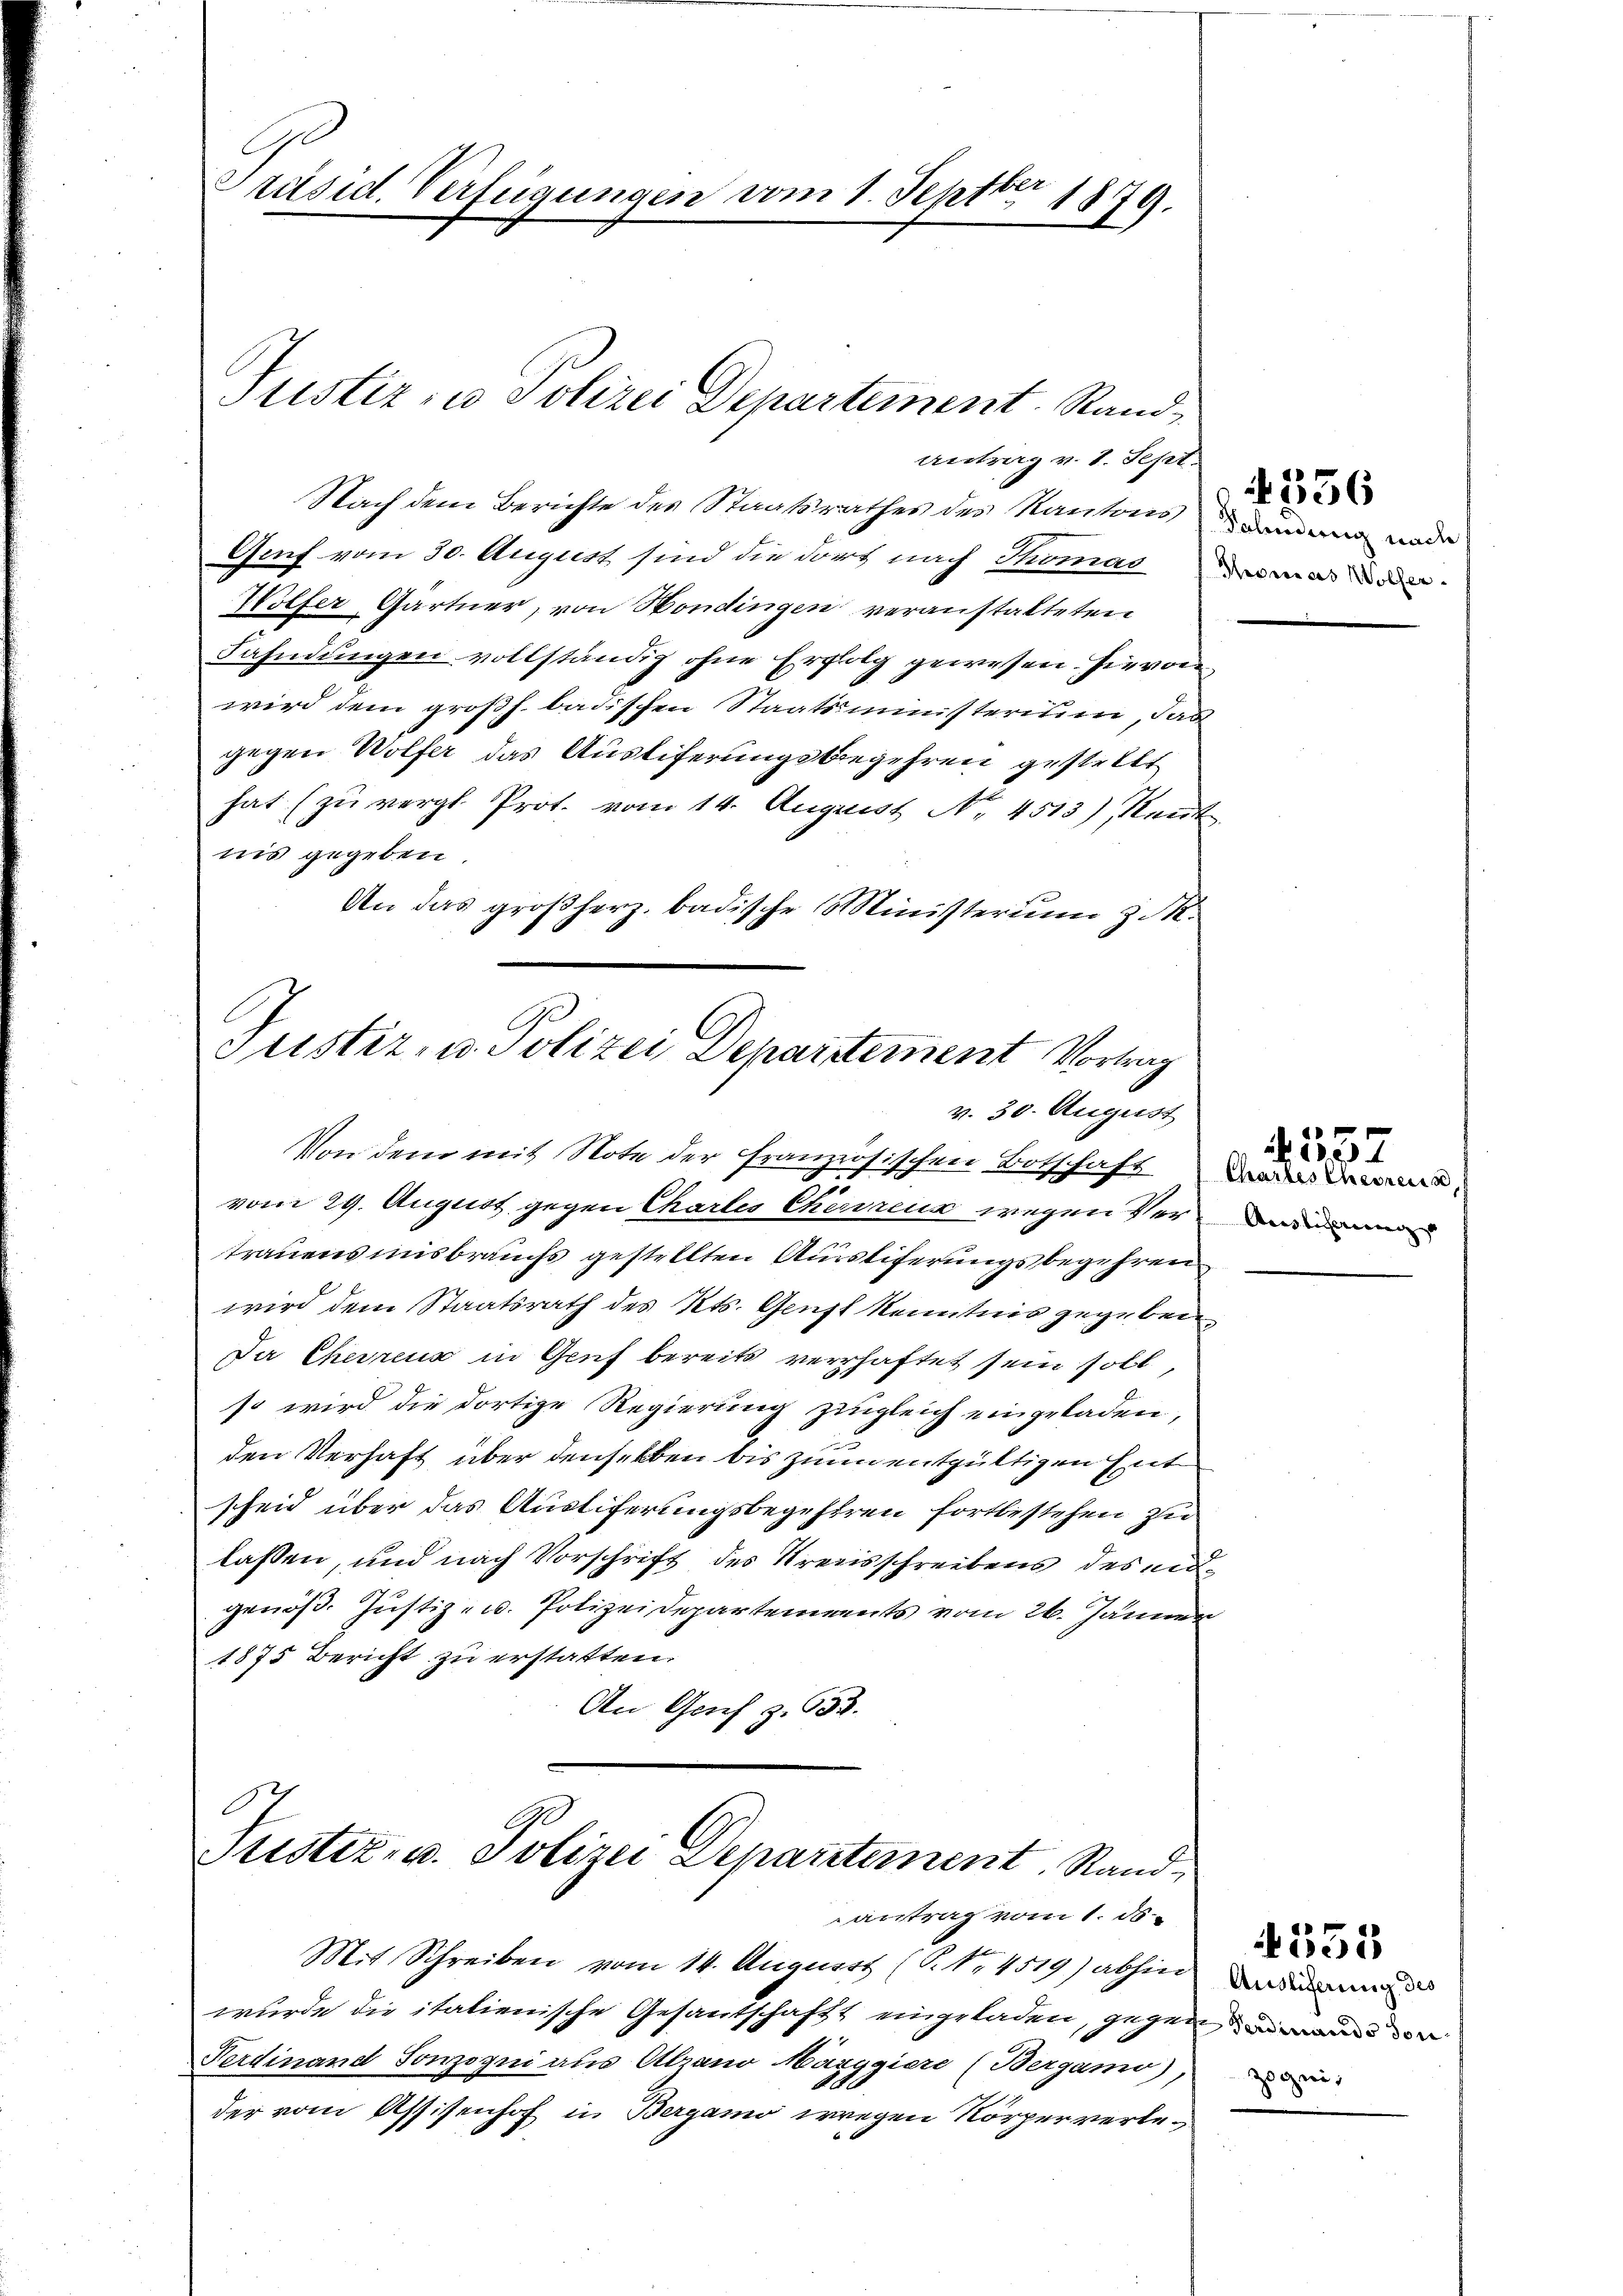
Nach dem Berichte des Staatsrathes des Kantons demann ander
Genf vom 30. August sind die dort nach Thomas de
Wolfer Gärtner, von Hondingen veranstalteten
Fahndungen vollständig ohne Erfolg gewesen. Hievon
wird dem großh. badischen Staatsministerium, das
gegen Wolfer das Austiferungsbegehren gestellt
hat (zu vergl. Prot. vom 14. August No. 4513), Neut
nis gegeben.
An das großherz. badische Ministerium d. M.
Justiz- u. Polizei Departement Vortrag

Präsid. Verfügungen vom 1. Septbr 1879.

Justiz- u Polizei Departement. Rand¬
Antrag v. 1. Sept.

v. 30. August

Von dem mit Note der französischen Botschaft in den
vom 29. August gegen Chartes Charrenz wegen Vertrauensmisbrauchs gestellten Ausstiferungsbegehren
wird dem Staatsrath des Kts. Gunst kenntnis gegeben,
Der Cherrenz in Genf bereits verhaftet sein soll,
so wird die dortige Regierung zugleich eingeladen,
den Verhaft über denselben bis zum entgültigen hat
scheid über das Austiferungsbegehren fortbestehen zu
lassen, und nach Vorschrift des Kreisschreibens des mitgenöß. Justiz- u. Polizeidepartements vom 26. Jänner
1875 Bericht zu erstatten.
An Genf z. 632.

Puster, u. Polizei Departement. Randantrag vom 1. ds.

Mit Schreiben vom 14. Augusst (S. Nr. 4519) abhin
wurde die italienische Gesantschaft eingeladen, gegen der
Ferdinand Sonzogni aus Abano Marygiere (Bergamo),
der vom Assisenhof in Bergamo wegen Körperverle¬

356

f. 537

553

Auslieferung des
zogni